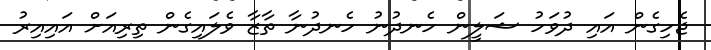
ޖެހިގެން އައި ދުވަހު ޝަލީން ހެނދުނު ހެނދުނާ ތާޒާ ވެލައިގެން ތިރިއަށް އައިއިރު